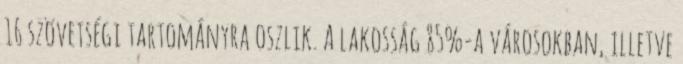
16 szövetségi tartományra oszlik. A lakosság 85%-a városokban, illetve